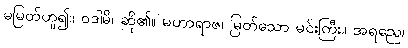
မမြတ်ဟူ၍။ ဝဒါမိ၊ ဆို၏။ မဟာရာဇ၊ မြတ်သော မင်းကြီး။ အရညေ၊